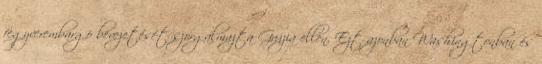
fegyverembargó bevezetését szorgalmazta Grúzia ellen. Ezt azonban Washingtonban és